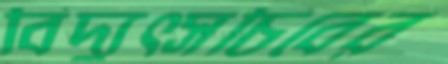
বিদ্যুত্সচিবের